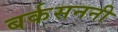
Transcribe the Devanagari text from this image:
बर्कसननी